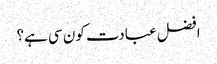
افضل عبادت کون سی ہے؟